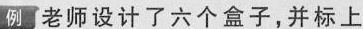
例 老师设计了六个盒子，并标上